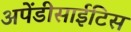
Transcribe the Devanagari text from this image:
अपेंडीसाईटिस